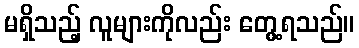
မရှိသည့် လူများကိုလည်း တွေ့ရသည်။